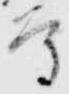
守